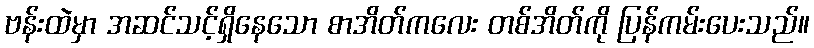
ဗန်းထဲမှာ အဆင်သင့်ရှိနေသော စာအိတ်ကလေး တစ်အိတ်ကို ပြန်ကမ်းပေးသည်။